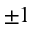
\pm 1